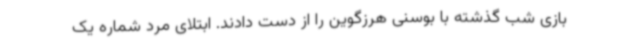
بازی شب گذشته با بوسنی هرزگوین را از دست دادند. ابتلای مرد شماره یک